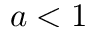
a < 1